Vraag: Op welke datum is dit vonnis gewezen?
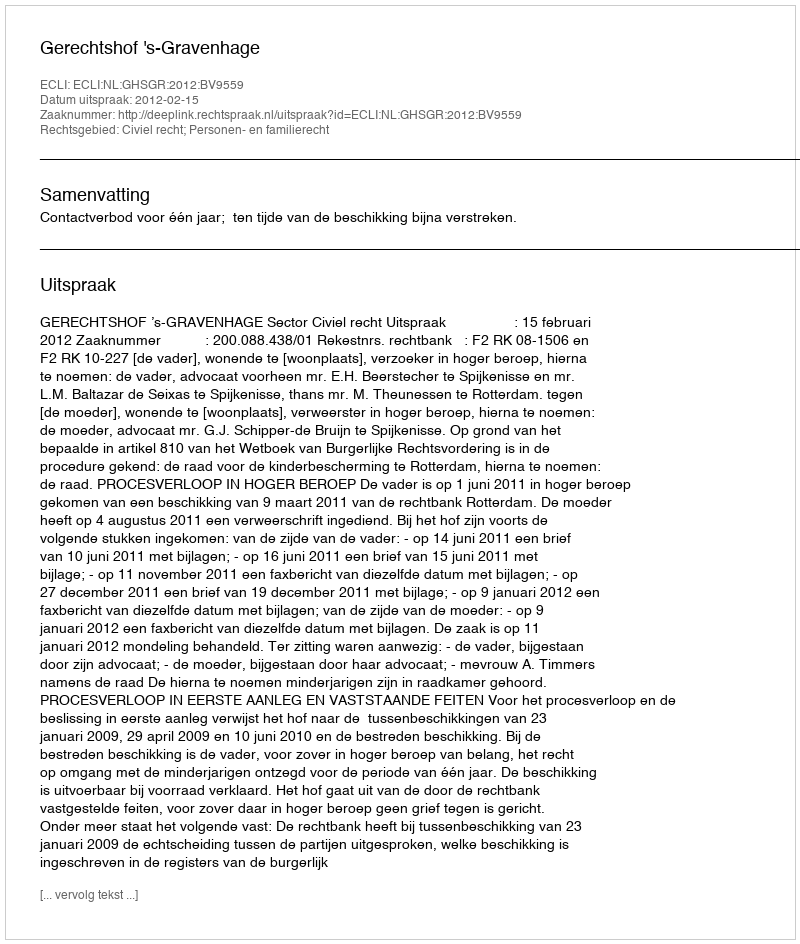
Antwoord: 2012-02-15